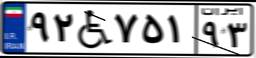
۰۴W۴۹۴۴۰